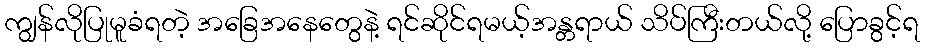
ကျွန်လိုပြုမူခံရတဲ့ အခြေအနေတွေနဲ့ ရင်ဆိုင်ရမယ့်အန္တရာယ် သိပ်ကြီးတယ်လို့ ပြောခွင့်ရ